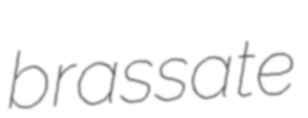
brassate